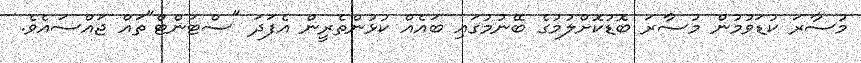
މުސާރަ ކުޑަވުމުން މުސާރަ ބޮޑުކޮށްލުމުގެ ބޭނުމުގައި ބައެއް ކުޅުންތެރީން އެފަދަ "ސްޓަންޓް"ތައް ޖައްސައެވެ.